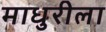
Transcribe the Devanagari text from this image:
माधुरीला